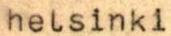
helsinki